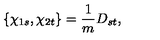
\{ \chi _ { 1 s } , \chi _ { 2 t } \} = \frac { 1 } { m } D _ { s t } ,